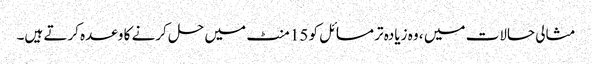
مثالی حالات میں ، وہ زیادہ تر مسائل کو 15 منٹ میں حل کرنے کا وعدہ کرتے ہیں۔